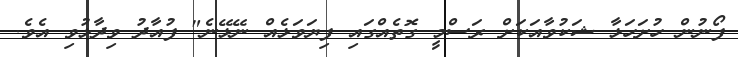
ފޯނުން ހުށަހަޅާ ޝަކުވާއަކަށް ރަސްމީ ގޮތެއްގައި ފިޔަވަޅެއް ނޭޅޭނެ" ފުއާދު ވިދާޅުވި އެވެ.